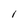
Character: I